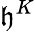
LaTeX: \mathfrak{h}^{K}